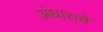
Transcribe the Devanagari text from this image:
अंधाराचे